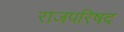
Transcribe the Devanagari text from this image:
राजपरिषद